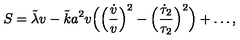
S = \tilde { \lambda } v - \tilde { k } a ^ { 2 } v \Bigl ( \Bigl ( \frac { \dot { v } } { v } \Bigr ) ^ { 2 } - \Bigl ( \frac { \dot { \tau } _ { 2 } } { \tau _ { 2 } } \Bigr ) ^ { 2 } \Bigr ) + \dots ,